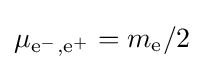
\mu _{{\text{e}}^{-},{\text{e}}^{+}}=m_{\text{e}}/2